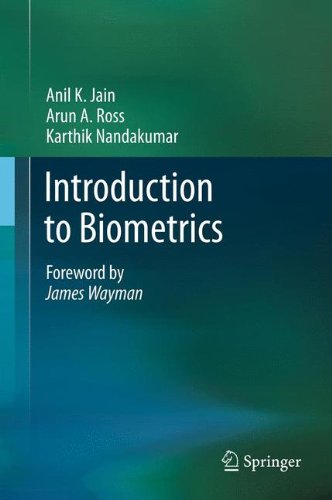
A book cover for Introduction to Biometrics; Anil Jain; Computers & Technology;